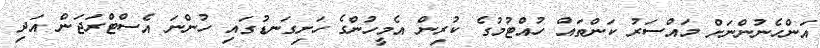
އަންހެނުންނަށް މައްސަރު ކަންތައް ހުއްޓުމުގެ ކުރިން އެމީހުންގެ ހަށިގަނޑުގައި ހުންނަ އެސްޓްރަޖަން އަދި